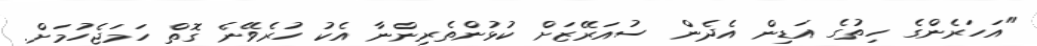
"އަހަރެންގެ ހިތުގެ އަޑިން އެދެން ސުއަރޭޒަށް ކުޅުންތެރިންނާ އެކު ހުރެވޭނެ ގޮތް ހަމަޖެހުމަށް.